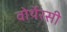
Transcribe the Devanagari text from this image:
वोर्थेरसी